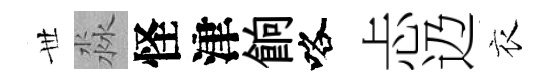
𠀍淼怪津餉咯忐辸衣